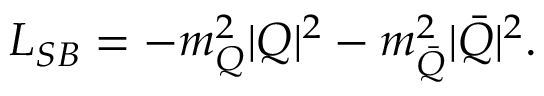
{ \cal L _ { S B } } = - m _ { Q } ^ { 2 } | Q | ^ { 2 } - m _ { \bar { Q } } ^ { 2 } | \bar { Q } | ^ { 2 } .